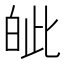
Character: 皉